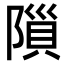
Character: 𨻨